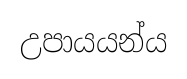
උපායයන්ය